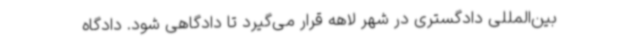
بین‌المللی دادگستری در شهر لاهه قرار می‌گیرد تا دادگاهی شود. دادگاه